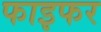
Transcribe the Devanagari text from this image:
फाइफर